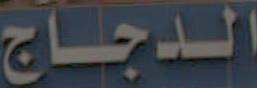
الدجاج